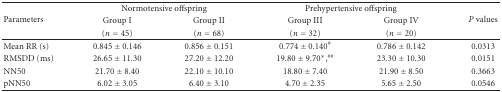
| <ROWSPAN=3> Parameters | <COLSPAN=2> Normotensive offspring | <COLSPAN=2> Prehypertensive offspring | <ROWSPAN=3> P values |
 | Group I | Group II | Group III | Group IV |
 | (n = 45) | (n = 68) | (n = 32) | (n = 20) |
 | --- | --- | --- | --- | --- | --- |
 | Mean RR (s) | 0.845 ± 0.146 | 0.856 ± 0.151 | 0.774 ± 0.140# | 0.786 ± 0.142 | 0.0313 |
 | RMSDD (ms) | 26.65 ± 11.30 | 27.20 ± 12.20 | 19.80 ± 9.70*,## | 23.30 ± 10.30 | 0.0151 |
 | NN50 | 21.70 ± 8.40 | 22.10 ± 10.10 | 18.80 ± 7.40 | 21.90 ± 8.50 | 0.3663 |
 | pNN50 | 6.02 ± 3.05 | 6.40 ± 3.10 | 4.70 ± 2.35 | 5.65 ± 2.50 | 0.0546 |